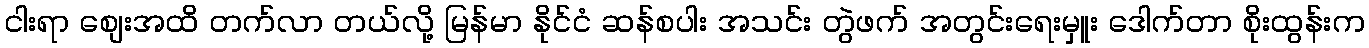
ငါးရာ စျေးအထိ တက်လာ တယ်လို့ မြန်မာ နိုင်ငံ ဆန်စပါး အသင်း တွဲဖက် အတွင်းရေးမှူး ဒေါက်တာ စိုးထွန်းက